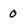
Character: 0